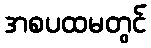
အစပထမတွင်